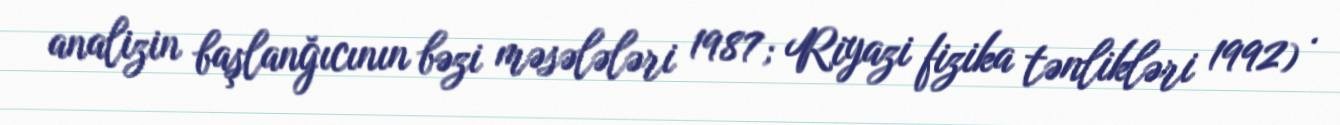
analizin başlanğıcının bəzi məsələləri 1987; Riyazi fizika tənlikləri 1992) .